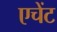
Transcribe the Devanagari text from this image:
एचेंट